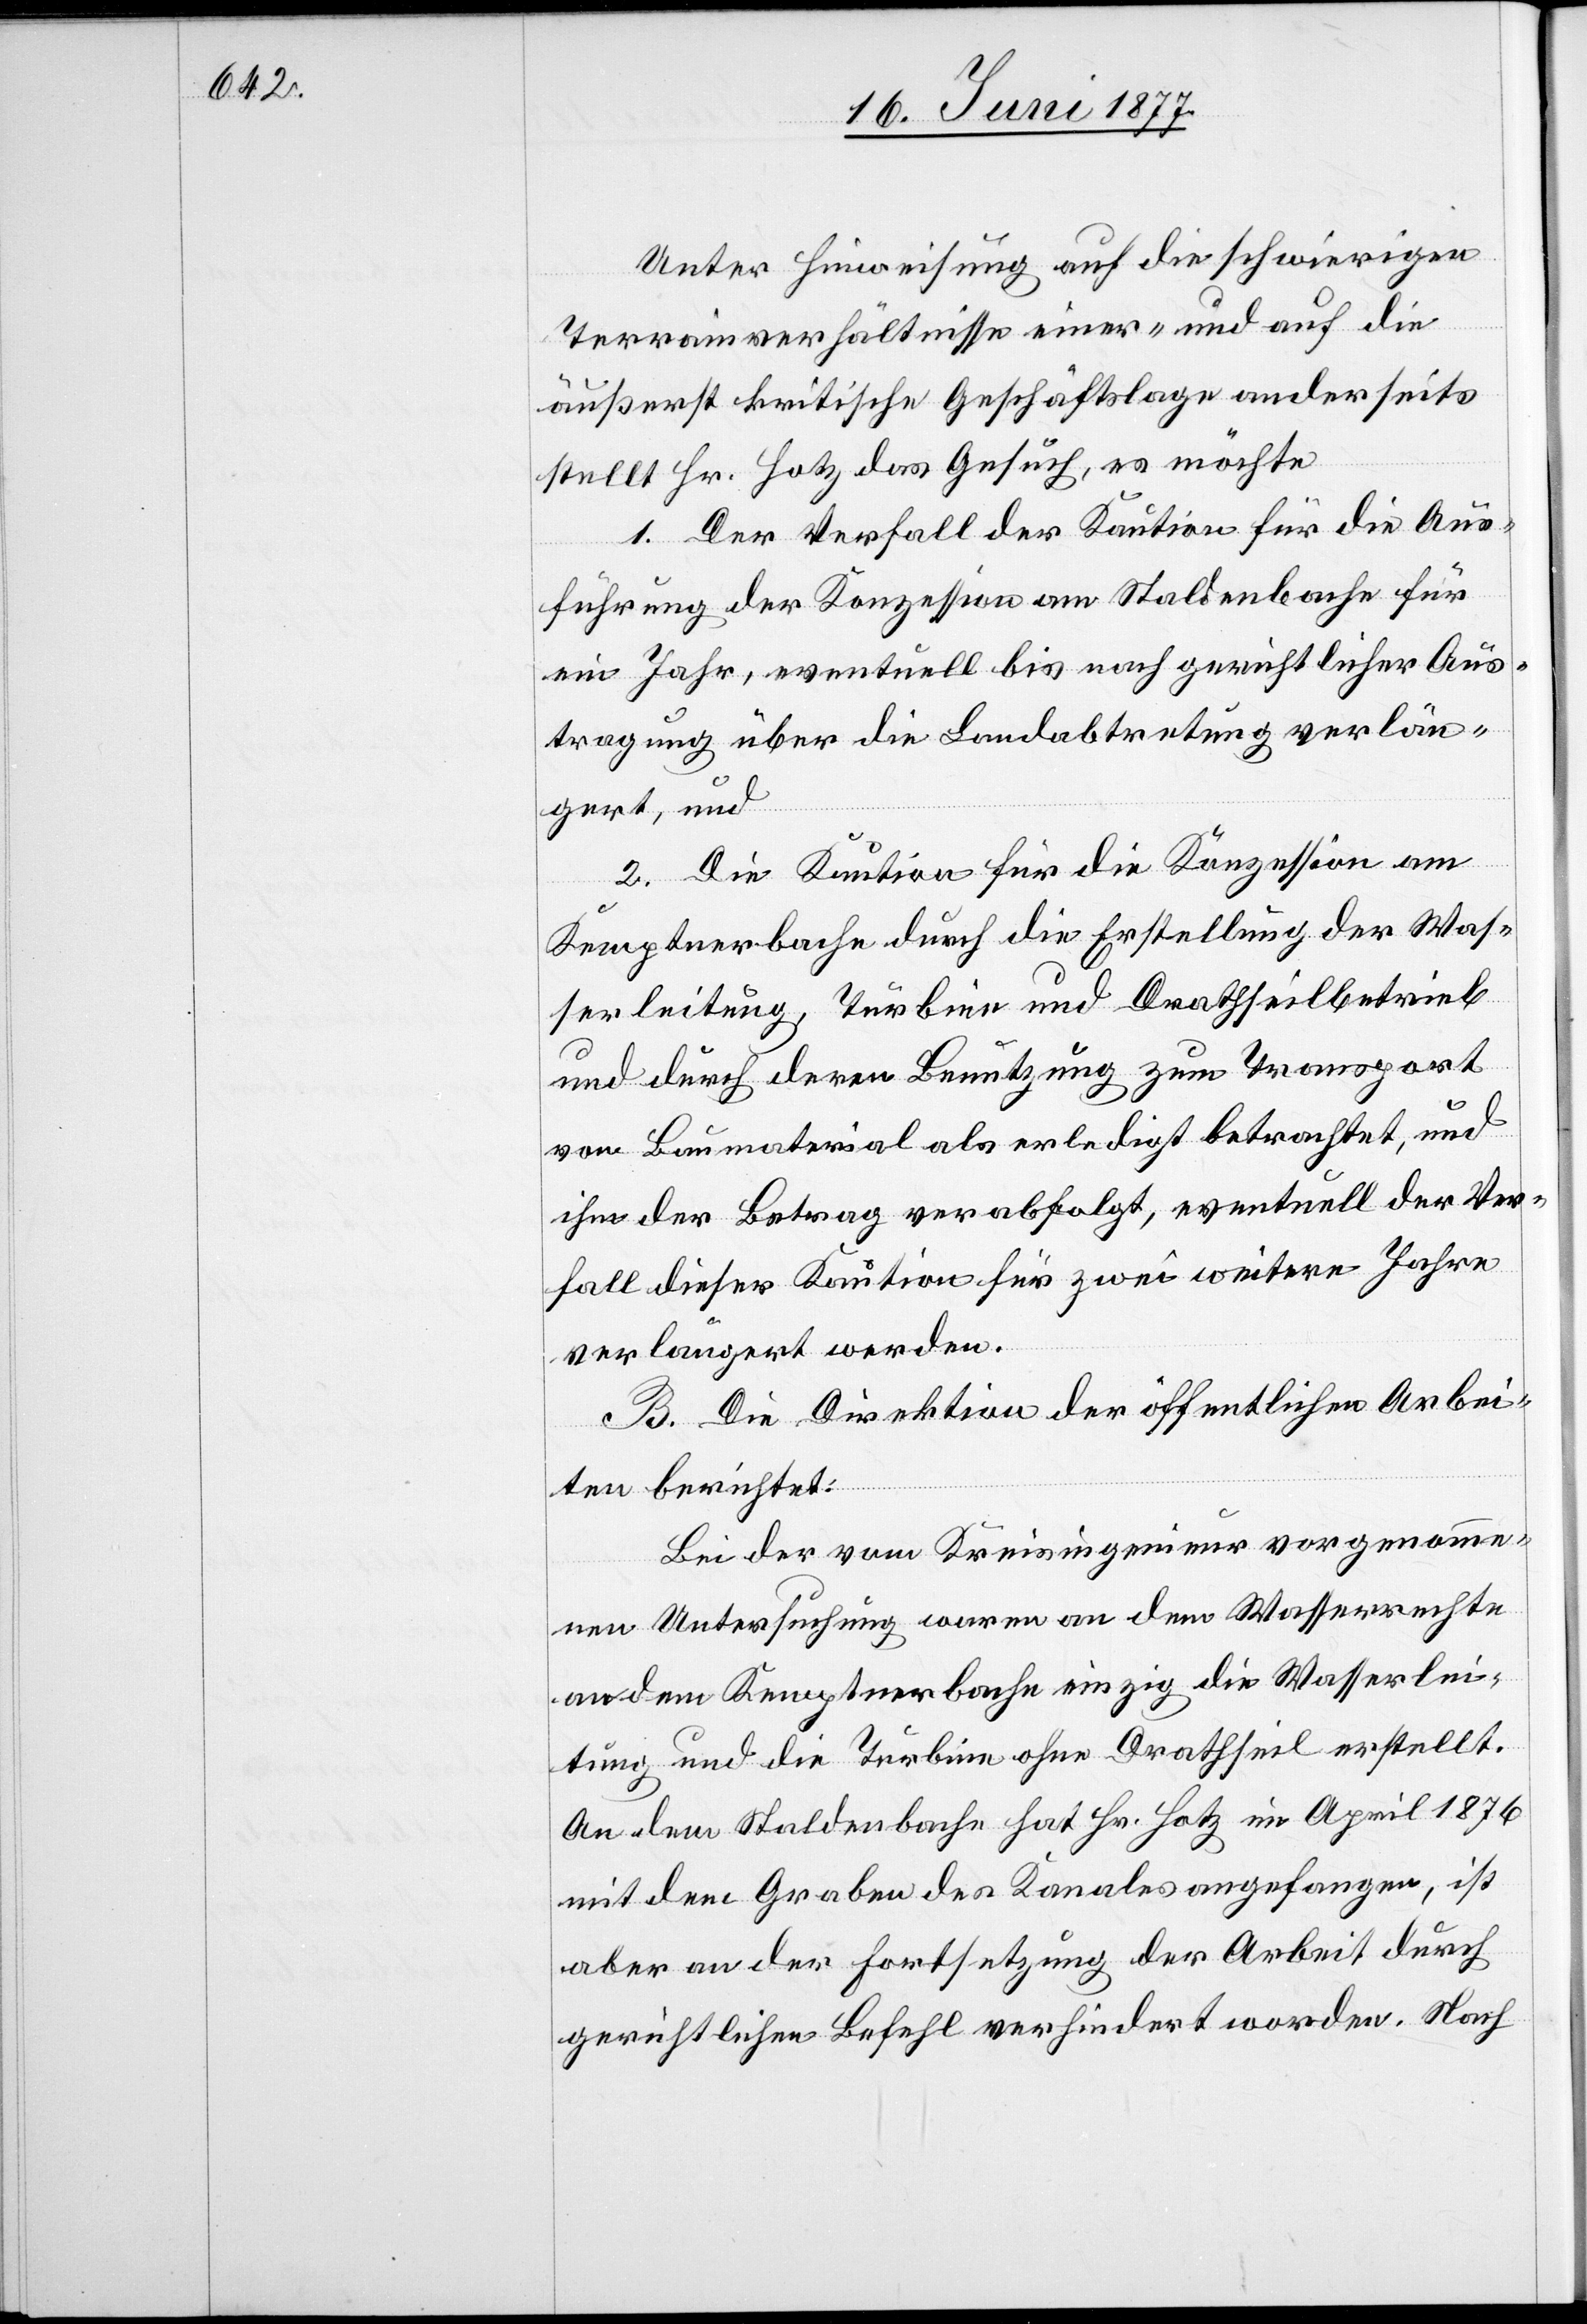
Unter Hinweisung auf die schwierigen
Terrainverhältnisse einer- und auf die
äußerst kritische Geschäftslage anderseits
stellt Hr. Hotz das Gesuch, es möchte
1. Der Verfall der Kaution für die Aus¬
führung der Konzession am Staldenbache für
ein Jahr, eventuell bis nach gerichtlicher Aus¬
tragung über die Landabtretung verlän¬
gert, und
2. Die Kaution für die Konzession am
Kemptnerbache durch die Erstellung der Was¬
serleitung, Turbine und Drathseilbetrieb
und durch deren Benutzung zum Transport
von Baumaterial als erledigt betrachtet, und
ihm der Betrag verabfolgt, eventuell der Ver¬
fall dieser Kation für zwei weitere Jahre
verlängert werden.
B. Die Direktion der öffentlichen Arbei¬
ten berichtet:
Bei der vom Kreisingenieur vorgenomme¬
nen Untersuchung waren an dem Wasserrechte
an dem Kemptnerbache einzig die Wasserlei¬
tung und die Turbine ohne Drathseil erstellt.
An dem Staldenbache hat Hr. Hotz im April 1876
mit dem Grabe des Kanales angefangen, ist
aber an der Fortsetzung der Arbeit durch
gerichtlichen Befehl verhindert worden. Nach